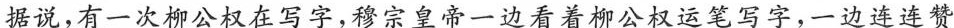
据说，有一次柳公权在写字，穆宗皇帝一边看着柳公权运笔写字，一边连连赞